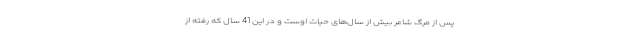
پس از مرگ شاعر بیش از سال‌های حیات اوست و در این 41 سال که رفته از